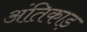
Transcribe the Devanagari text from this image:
अंतिकाड़